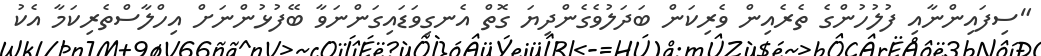
"ސިފައިންނާއި ފުލުހުންގެ ތެރެއިން ވެރިކަން ބަދަލުވެގެންދިޔަ ގޮތް އެނގިވަޑައިގަންނަވާ ބޭފުޅުންނަށް އިހްލާސްތެރިކަމާ އެކު